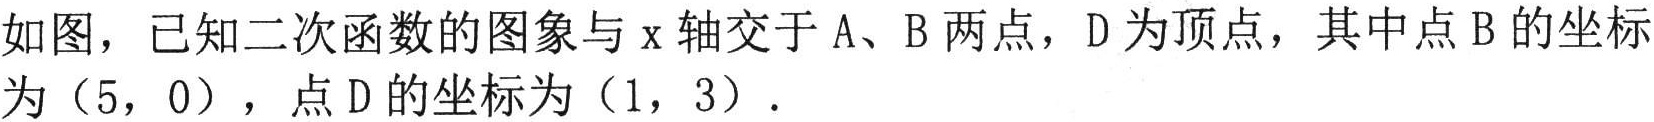
如图，已知二次函数的图象与\(x\)轴交于\(A\)、\(B\)两点，\(D\)为顶点，其中点\(B\)的坐标为\((5,0)\)，点\(D\)的坐标为\((1,3)\)．